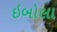
ઇબોલા